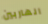
الهاربين